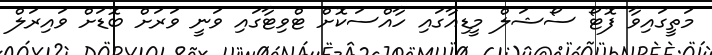
މަތީގައިވާ ފޮޓޯ ސޯޝަލް މީޑިއާގައި ހާއްސަކޮށް ޓްވިޓާގައި ވަނީ ވަރަށް ބޮޑަށް ވައިރަލް